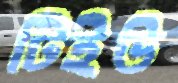
টিইউ